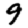
Digit: 9